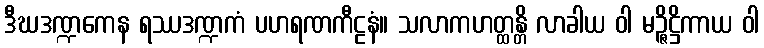
ဒီဃဒဏ္ဍကေန ရဿဒဏ္ဍကံ ပဟရဏကီဠနံ။ သလာကဟတ္ထန္တိ လာခါယ ဝါ မဉ္ဇိဋ္ဌိကာယ ဝါ